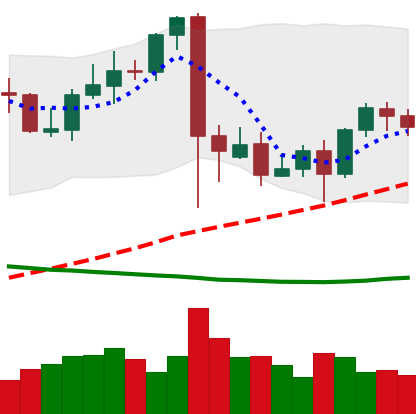
Ticker: BTC-USD
Chart end date: 2021-09-17
Forward return: -7.813%
Label: down_7plus